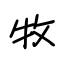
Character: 牧